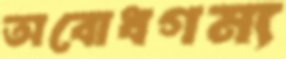
অবোধগম্য